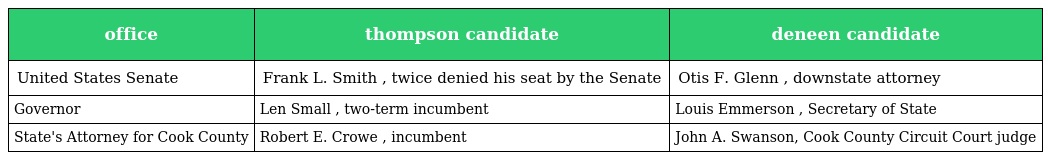
| office | thompson candidate | deneen candidate |
 | --- | --- | --- |
 | United States Senate | Frank L. Smith , twice denied his seat by the Senate | Otis F. Glenn , downstate attorney |
 | Governor | Len Small , two-term incumbent | Louis Emmerson , Secretary of State |
 | State's Attorney for Cook County | Robert E. Crowe , incumbent | John A. Swanson, Cook County Circuit Court judge |